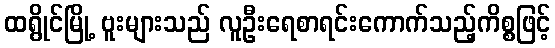
ထရွိုင်မြို့ ဗူးများသည် လူဦးရေစာရင်းကောက်သည့်ကိစ္စဖြင့်